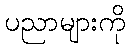
ပညာများကို